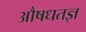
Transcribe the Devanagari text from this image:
औषधतज्ञ